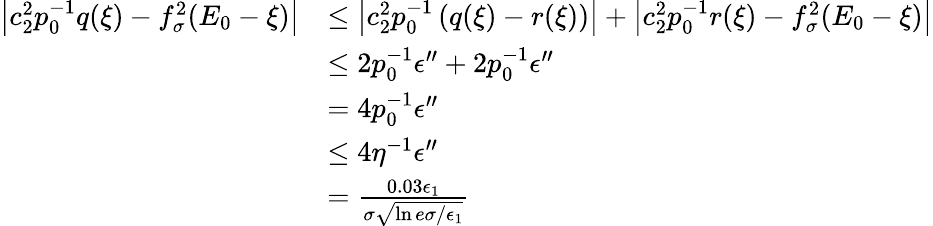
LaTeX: \begin{array}{rl}{\left|c_{2}^{2}p_{0}^{-1}q(\xi)-f_{\sigma}^{2}(E_{0}-\xi)\right|}&{\le\left|c_{2}^{2}p_{0}^{-1}\left(q(\xi)-r(\xi)\right)\right|+\left|c_{2}^{2}p_{0}^{-1}r(\xi)-f_{\sigma}^{2}(E_{0}-\xi)\right|}\\ &{\le 2p_{0}^{-1}\epsilon^{\prime\prime}+2p_{0}^{-1}\epsilon^{\prime\prime}}\\ &{=4p_{0}^{-1}\epsilon^{\prime\prime}}\\ &{\le 4\eta^{-1}\epsilon^{\prime\prime}}\\ &{=\frac{0.03\epsilon_{1}}{\sigma\sqrt{\ln{e\sigma/\epsilon_{1}}}}}\end{array}